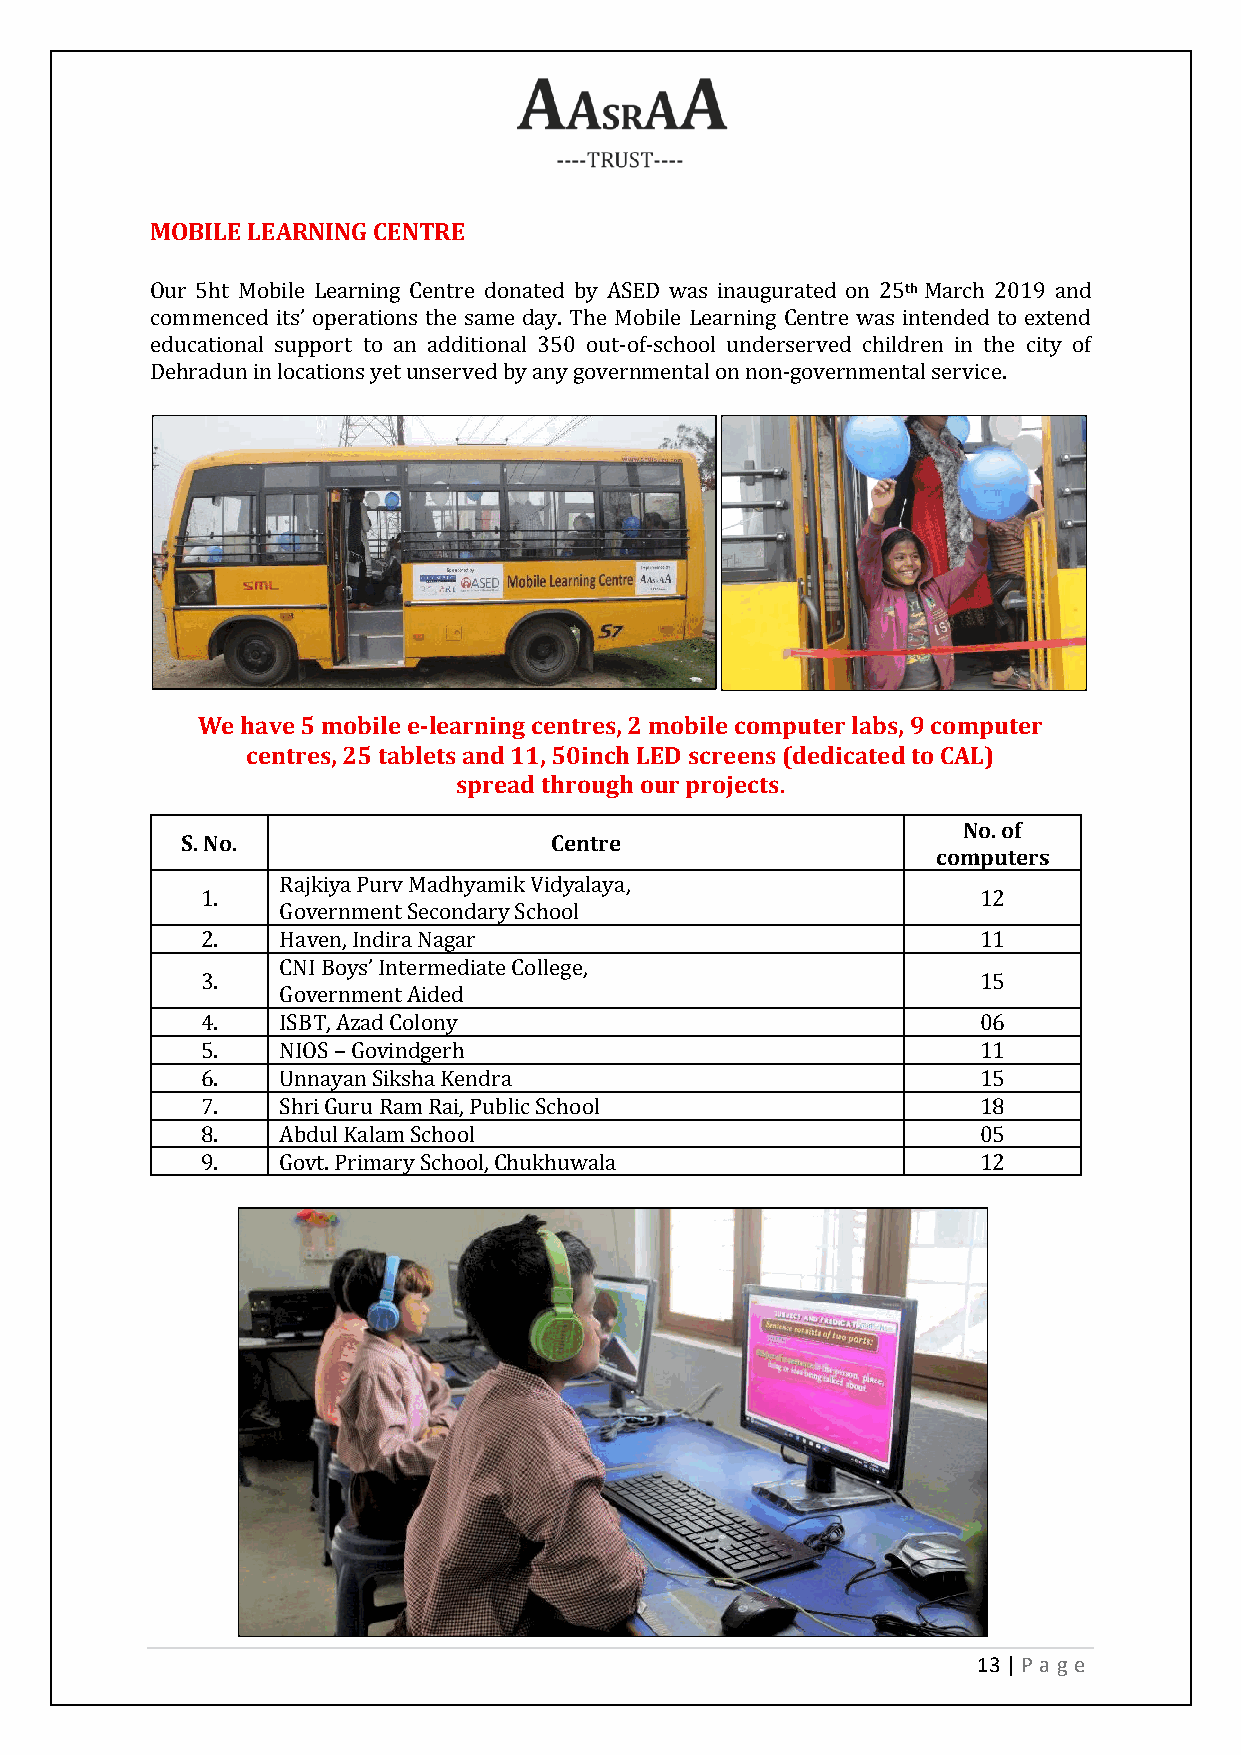
MOBILE LEARNING CENTRE
 Our 5ht Mobile Learning Centre donated by ASED was inaugurated on 25th March 2019 and
 commenced its’ operations the same day. The Mobile Learning Centre was intended to extend
 educational support to an additional 350 out-of-school underserved children in the city of
 Dehradun in locations yet unserved by any governmental on non-governmental service.
 We have 5 mobile e-learning centres, 2 mobile computer labs, 9 computer
 centres, 25 tablets and 11, 50inch LED screens (dedicated to CAL)
 spread through our projects.
 No. of
 S. No.                  Centre
 computers
 Rajkiya Purv Madhyamik Vidyalaya,
 1.                                                  12
 Government Secondary School
 2.   Haven, Indira Nagar                            11
 CNI Boys’ Intermediate College,
 3.                                                  15
 Government Aided
 4.   ISBT, Azad Colony                              06
 5.   NIOS – Govindgerh                              11
 6.   Unnayan Siksha Kendra                          15
 7.   Shri Guru Ram Rai, Public School               18
 8.   Abdul Kalam School                             05
 9.   Govt. Primary School, Chukhuwala               12
 13 | P age